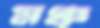
মঞ্চ